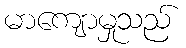
မာကျောမှုသည်